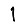
Digit: 1